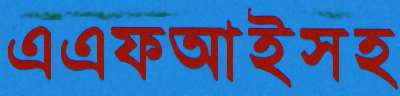
এএফআইসহ